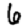
Digit: 6